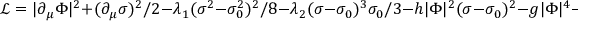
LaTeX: { \mathcal { L } } = | \partial _ { \mu } \Phi | ^ { 2 } + ( \partial _ { \mu } \sigma ) ^ { 2 } / 2 - \lambda _ { 1 } ( \sigma ^ { 2 } - \sigma _ { 0 } ^ { 2 } ) ^ { 2 } / 8 - \lambda _ { 2 } ( \sigma - \sigma _ { 0 } ) ^ { 3 } \sigma _ { 0 } / 3 - h | \Phi | ^ { 2 } ( \sigma - \sigma _ { 0 } ) ^ { 2 } - g | \Phi | ^ { 4 } - \Lambda